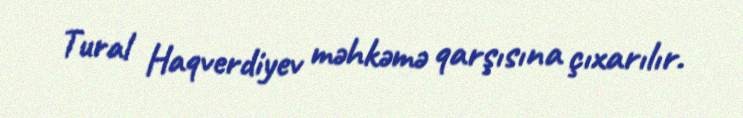
Tural Haqverdiyev məhkəmə qarşısına çıxarılır.